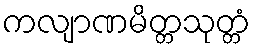
ကလျာဏမိတ္တသုတ္တံ